Vital statistics of India. Vol. VI, European troops 1870-79
Year: 1870
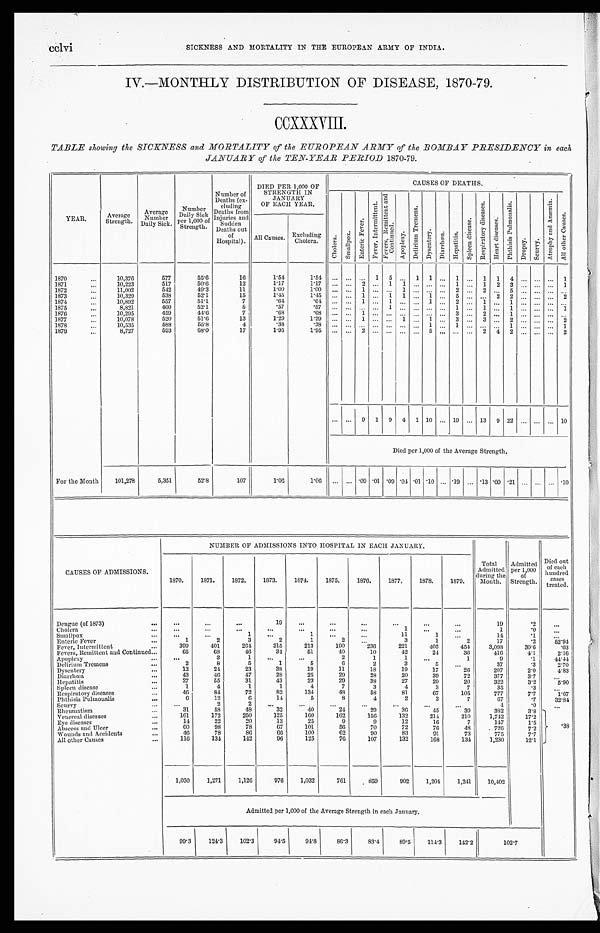
cclvi
SICKNESS AND MORTALITY IN THE EUROPEAN ARMY OF INDIA.
IV.—MONTHLY DISTRIBUTION OF DISEASE, 1870-79.
CCXXXVIII.
TABLE showing the SICKNESS and MORTALITY of the EUROPEAN ARMY of the BOMBAY PRESIDENCY in each
JANUARY of the TEN-YEAR PERIOD 1870-79.
YEAR.
Average
Strength.
Average
Number
Daily Sick.
Number
Daily Sick
per 1,000 of
Strength
Number of
Deaths (ex-
cluding
Injuries and
Sudden
Deaths out
Hospital).
DIED PER 1,000 OF
STRENGTH IN
JANUARY
OF EACH YEAR.
CAUSES OF DEATHS.
C h o l e r a .
S m a l l p o x .
E n t e r i c F e v e r .
F e v e r , I n t e r m i t t e n t .
F e v e r s , R e m i t t e n t a n d C o n t i n u e d .
Apopl exy.
D e l i r i u m T r e m e n s .
D y s e n t e r y .
D i a r r h œ a .
H e p a t i t i s .
S p l e e n d i s e a s e .
R e s p i r a t o r y d i s e a s e s .
H e a r t d i s e a s e s .
P h t h i s i s P u l m o n a l i s .
D r o p s y .
S c u r v y .
A t r o p h y a n d A n æ m i a .
A l l o t h e r C a u s e s .
All Causes.
Excluding
Cholera.
1870
...
10,376
577
55.6
16
1.54
1.54
...
...
...
1
5
...
1
1
...
1
...
1
1
4
...
...
...
1
1871
...
10,223
517
50.6
12
1.17 1.17
... ...
2
...
1 1
... ... ...
1
...
1
2
3
... ... ...
1
1872
...
11,002
542
49.3
11
1.00
1.00
...
...
1
... ...
1
... ... ...
2
...
2
...
5
... ... ... ...
1873
...
10,329
538
52.1
15
1.45 1.45
... ...
1
...
1
1
...
1
...
5
... ...
2
2
... ... ...
2
1874
...
10,892
557
51.1
7
. 64
. 64
... ...
1
...
1
... ...
1
...
2
...
1
...
1
... ... ... ...
1875
...
8,821
460
52.1
5
.57
. 57
... ... ... ...
1
... ... ... ...
1
...
1
...
1
... ... ...
2
1876
...
10,295
459
44.6
7
.68 .68
...
...
1
...
...
... ... ... ...
3
...
2
...
1
...
...
...
1
1877
...
10,078
520
51.6
13
1.29 1.29
... ...
1
... ...
1
...
1
...
3
...
3
...
2
... ... ...
2
1878
...
10,535
588
55.8
4
.38
. 38
... ... ... ... ... ... ...
1
...
1
... ... ...
1
... ... ...
1
1879
...
8,727
593
68.0
17
1.95 1.95
... ...
2
... ... ...
...
5
... ... ...
2
4
2
... ... ...
2
...
...
9
1
9
4
1
10
...
19
...
13
9
22
...
...
...
10
Died per 1,000 of the Average Strength.
For the Month
101,278
5,351
52.8
107
1.06
1.06
...
...
.09
.01
.09
.04
.01
.10
...
.19
...
.13 .09
.21
...
...
...
.10
NUMBER OF ADMISSIONS INTO HOSPITAL IN EACH JANUARY.
Total
Admitted
during the
Mouth.
Admitted
per 1,000
of
Strength.
Died out o f e a c h h u n d r e d
c a s e s
treated.
CAUSES OF ADMISSIONS.
1870.
1871.
1872.
1873.
1874.
1875.
1870.
1877.
1878.
1879.
D engue (of 1873)
...
...
. . .
...
19
...
...
...
...
...
...
19
.2
. . .
Cholera
... ... ... ...
. . .
... ... ...
1
... ...
1
. 0
...
Smallpox
...
...
...
1
...
1
...
...
11
1
. . .
14
.1
...
Enteric Fever
...
1
2
3
2
1
2
...
3
1
2
17
.2
52.94
Fever, Intermittent
...
399
401
264
315
213
190
236
221
405
454
3,098
30.6
.03
Fevers, Remittent and Continued
...
65
68
46
34
51
40
10
42
24
36
416
4.1
2.16
Apoplexy
...
...
3
1
...
...
2
1
1
...
1
9
.1
44.44
Delirium Tremens
...
2
8
5
1
5
6
2
3
5
...
37
.3
2.70
Dysentery
...
12
24
23
38
19
11
18
19
17
26
207
2.0
4.83
Diarrhœa
...
43
46
47
28
25
29
28
20
39
72
377
3.7
...
Hepatitis
...
27
55
31
43
23
29
38
27
29
20
322
3.2
5.90
Spleen disease
...
1
4
1
1
4
7
3
4
3
7
35
.3
...
Respiratory diseases
...
46
84
72
82
134
48
58
81
67
105
777
7.7
1.67
Phthisis Pulmonalis
...
6
12
6
14
5
8
4
2
3
7
67
. 7
32.84
Scurvy
...
...
2
2
... ...
...
. . .
...
...
...
4
.0
...
Rheumatism
...
31
58
48
32
40
24
29
36
45
39
382
3.8
. 38
Venereal diseases
...
161
172
250
125
160
162
156
132
214
210
1,742
17.2
Eye diseases
...
14
22
20
13
25
9
9
12
16
7
147
1.5
Abscess and Ulcer
...
60
98
78
67
101
56
70
72
76
48
726
7.2
Wounds and Accidents
...
46
78
86
66
100
62
90
83
91
73
775
7.7
All other Causes
...
116
134
142
96
125
76
107
132
168
134
1,230
12.1
1,030
1,271
1,126
976
1,032
76
859
902
1,204
1,241
10,402
Admitted per 1,000 of the Average Strength in each January.
99.3
124.3
102.3
94.5
94.8
86.3
83.4
89.5
114.3
142.2
102.7